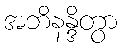
အဘိနန္ဒိတွာ